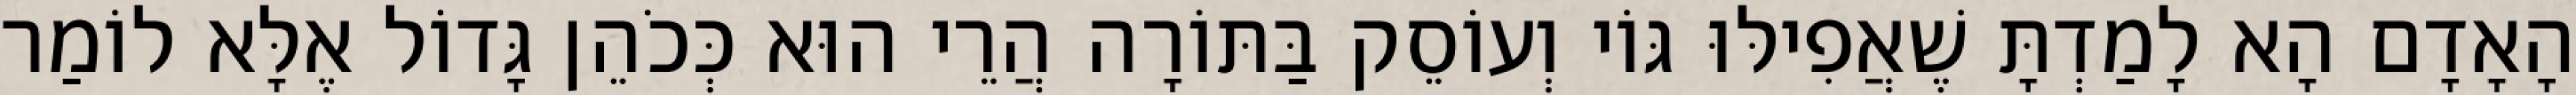
הָאָדָם הָא לָמַדְתָּ שֶׁאֲפִילּוּ גּוֹי וְעוֹסֵק בַּתּוֹרָה הֲרֵי הוּא כְּכֹהֵן גָּדוֹל אֶלָּא לוֹמַר